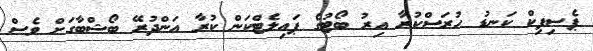
ޕެސިފިކް ކަނޑު ހުރަސްކުރާ އިރު ބޯޓުގެ ޕައިލެޓްކަން ކުރާ އަންދުރޭ ބޯޝްބާގަށް ވެސް